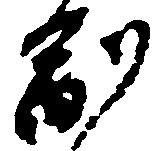
副